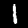
Digit: 1